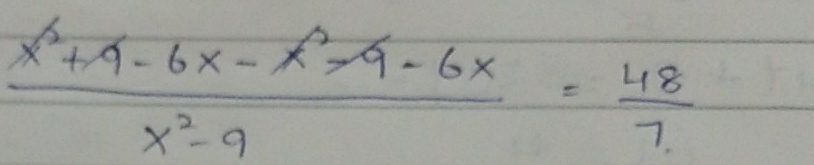
\(\frac{x^{2}+9 - 6x - x^{2}-9 - 6x}{x^{2}-9}=\frac{48}{7}\)